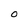
Character: O